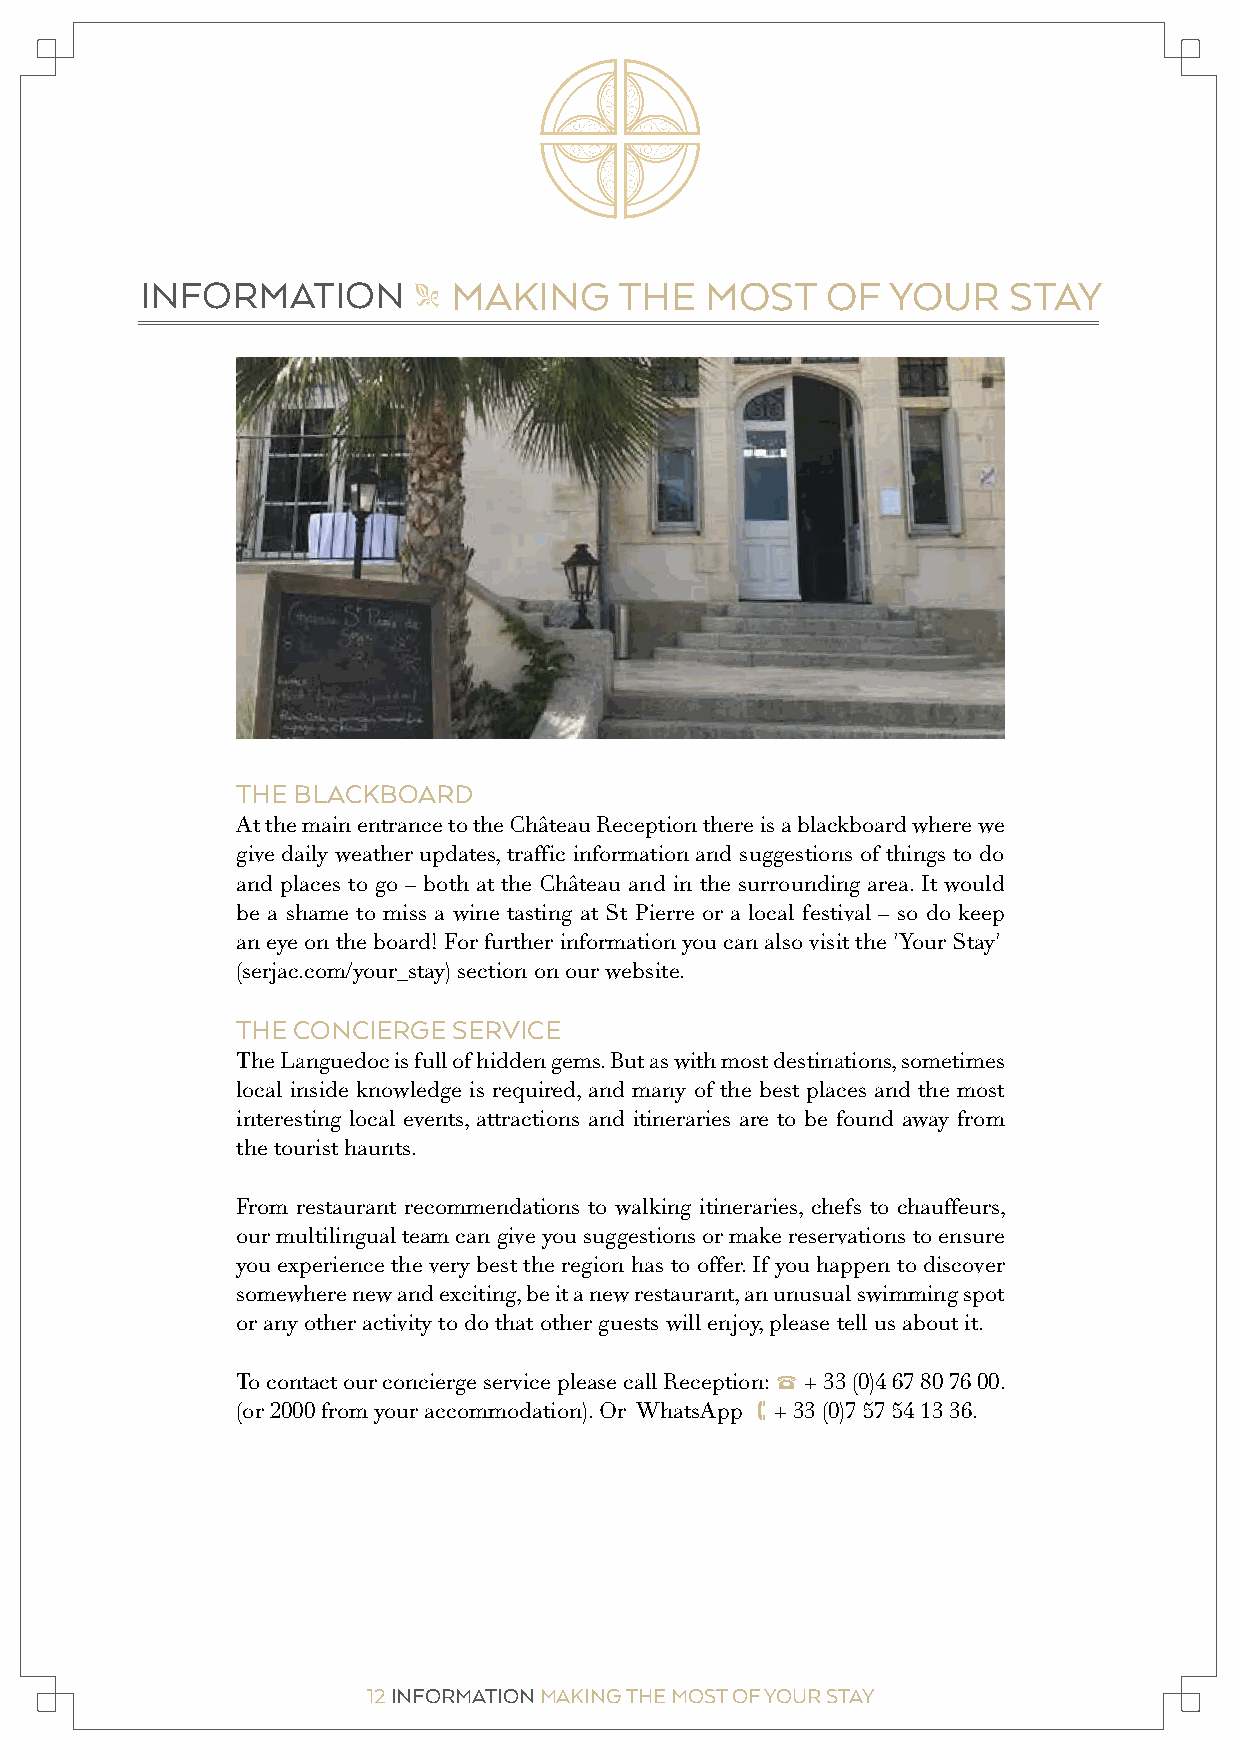
INFORMATION          MAKING     THE   MOST    OF  YOUR    STAY
 "
 THE BLACKBOARD
 At the main entrance to the Château Reception there is a blackboard where we
 give daily weather updates, traffic information and suggestions of things to do
 and places to go – both at the Château and in the surrounding area. It would
 be a shame to miss a wine tasting at St Pierre or a local festival – so do keep
 an eye on the board! For further information you can also visit the 'Your Stay'
 (serjac.com/your_stay) section on our website.
 THE CONCIERGE SERVICE
 The Languedoc is full of hidden gems. But as with most destinations, sometimes
 local inside knowledge is required, and many of the best places and the most
 interesting local events, attractions and itineraries are to be found away from
 the tourist haunts.
 From restaurant recommendations to walking itineraries, chefs to chauffeurs,
 our multilingual team can give you suggestions or make reservations to ensure
 you experience the very best the region has to offer. If you happen to discover
 somewhere new and exciting, be it a new restaurant, an unusual swimming spot
 or any other activity to do that other guests will enjoy, please tell us about it.
 To contact our concierge service please call Reception: 2 + 33 (0)4 67 80 76 00.
 (or 2000 from your accommodation). Or WhatsApp 1+ 33 (0)7 57 54 13 36.
 12 INFORMATION MAKING THE MOST OF YOUR STAY